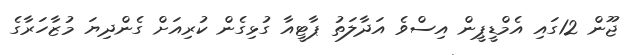
ޖޫން 12ގައި އެމްޑީޕީން އިސްވެ އަދާލަތު ޕާޓީއާ ގުޅިގެން ކުރިއަށް ގެންދިޔަ މުޒާހަރާގެ